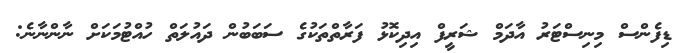
ޑިފެންސް މިނިސްޓަރު އާދަމް ޝަރީފް އިދިކޮޅު ފަރާތްތަކުގެ ސަބަބުން ދައުލަތް ހުއްޓުމަކަށް ނާންނާނެ: